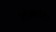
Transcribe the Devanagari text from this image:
बेडेकरांशी